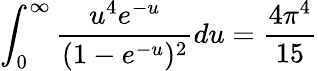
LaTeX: \int_{0}^{\infty}\frac{u^{4}e^{-u}}{(1-e^{-u})^{2}}du=\frac{4\pi^{4}}{15}